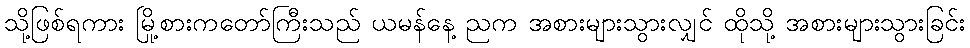
သို့ဖြစ်ရကား မြို့စားကတော်ကြီးသည် ယမန်နေ့ ညက အစားများသွားလျှင် ထိုသို့ အစားများသွားခြင်း